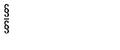
\begin{array} { c } { \S } \\ { \bar { \S } } \\ \end{array}